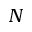
N